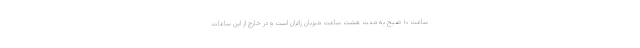
ساعت ۱۰ صبح به مدت هشت ساعت میزبان زائران است و در خارج از این ساعات